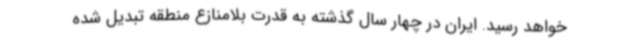
خواهد رسید. ایران در چهار سال گذشته به قدرت بلامنازع منطقه تبدیل شده